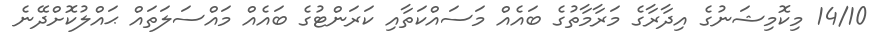
14/10 މިކޮމިޝަނުގެ އިދާރާގެ މަރާމާތުގެ ބައެއް މަސައްކަތާއި ކަރަންޓުގެ ބައެއް މައްސަލަތައް ޙައްލުކޮށްދޭނެ